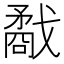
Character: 𢨌